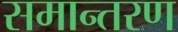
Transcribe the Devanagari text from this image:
समान्तरण